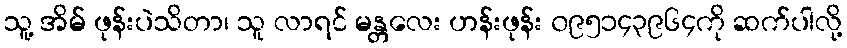
သူ့ အိမ် ဖုန်းပဲသိတာ၊ သူ လာရင် မန္တလေး ဟန်းဖုန်း ၀၉၅၁၄၃၉၆၄ကို ဆက်ပါလို့